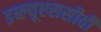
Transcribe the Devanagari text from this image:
डब्ल्यूएससीवी